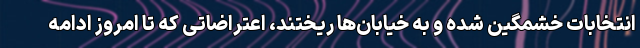
انتخابات خشمگین شده و به خیابان‌ها ریختند، اعتراضاتی که تا امروز ادامه